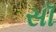
સૉ